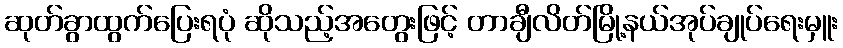
ဆုတ်ခွာထွက်ပြေးရပုံ ဆိုသည့်အတွေးဖြင့် တာချီလိတ်မြို့နယ်အုပ်ချုပ်ရေးမှူး